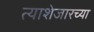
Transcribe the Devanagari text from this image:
त्याशेजारच्या